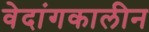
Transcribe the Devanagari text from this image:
वेदांगकालीन